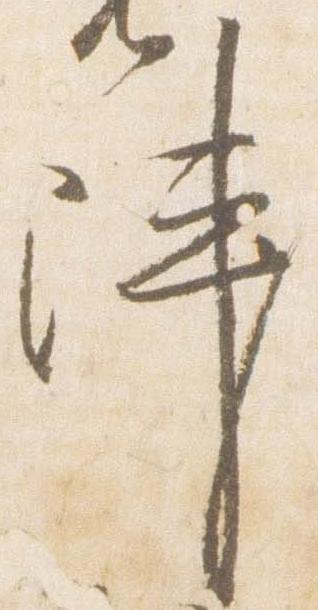
陣